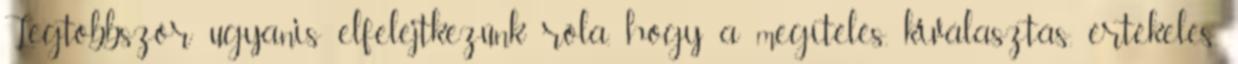
Legtöbbször ugyanis elfelejtkezünk róla, hogy a megítélés, kiválasztás, értékelés,